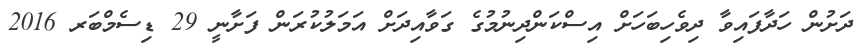
ދަށުން ހަދާފައިވާ ދިވެހިބަހަށް އިސްކަންދިނުމުގެ ގަވާއިދަށް އަމަލުކުރަން ފަށާނީ 29 ޑިސެމްބަރ 2016